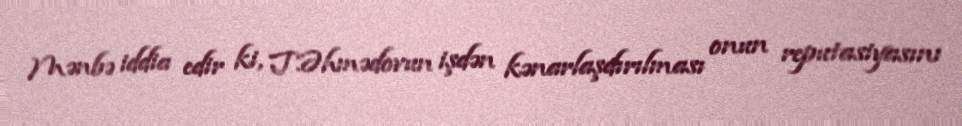
Mənbə iddia edir ki, T.Əhmədovun işdən kənarlaşdırılması onun reputasiyasını